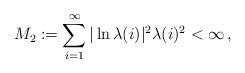
LaTeX: \begin{align*} M_2:= \sum_{i=1}^{\infty}|\ln \lambda(i)|^2\lambda(i)^2<\infty\,,\end{align*}